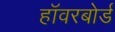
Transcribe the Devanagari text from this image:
हॉवरबोर्ड